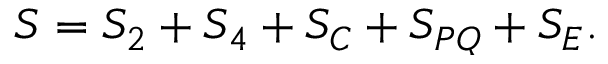
S = S _ { 2 } + S _ { 4 } + S _ { C } + S _ { P Q } + S _ { E } .